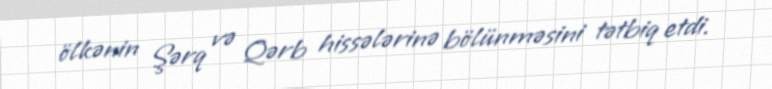
ölkənin Şərq və Qərb hissələrinə bölünməsini tətbiq etdi.